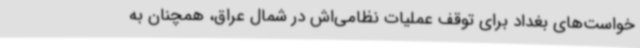
خواست‌های بغداد برای توقف عملیات نظامی‌اش در شمال عراق، همچنان به